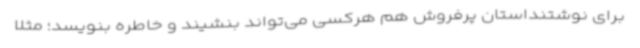
برای نوشتنداستان پرفروش هم هرکسی می‌تواند بنشیند و خاطره بنویسد؛ مثلاً